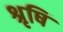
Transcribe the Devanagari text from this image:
श्रृषि